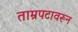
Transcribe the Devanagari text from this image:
ताम्रपटावरून